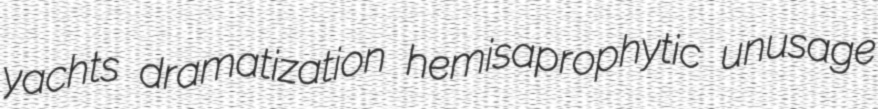
yachts dramatization hemisaprophytic unusage